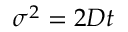
\sigma ^ { 2 } = 2 D t